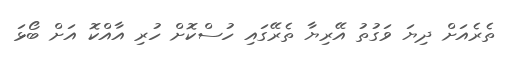
ތެރެއަށް ދިޔަ ވަގުތު އޭރިޔާ ތެރޭގައި ހުސްކޮށް ހުރި އާއްކޮ އަށް ބޯޅަ